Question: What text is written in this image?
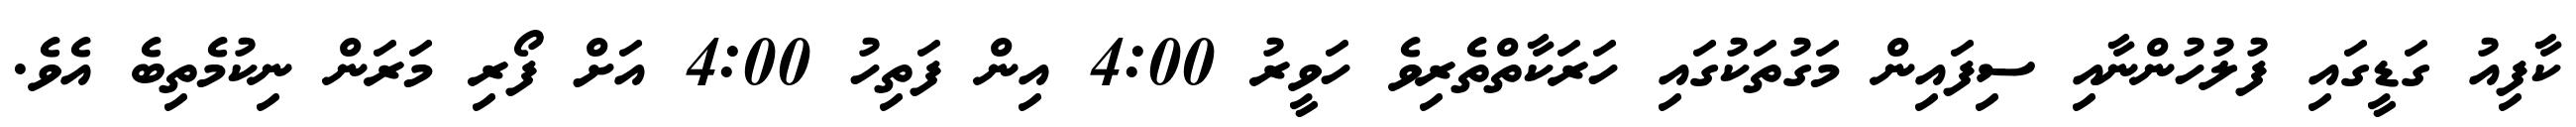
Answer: ކާފިއު ގަޑީގައި ފުލުހުންނާއި ސިފައިން މަގުތަކުގައި ހަރަކާތްތެރިވެ ހަވީރު 4:00 އިން ފަތިހު 4:00 އަށް ފޯރި މަރަން ނިކުމެތިބެ އެވެ.